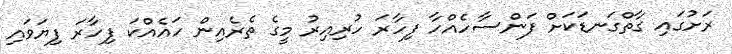
ރަށުގައި ގާތްގަނޑަކަށް ފަންސާހެއްހާ ފިހާރަ ހުރިއިރު މީގެ ތެރެއިން ހައެއްކަ ފިހާރަ ފިޔަވައި